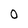
Character: 0